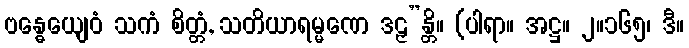
ဗန္ဓေယျေဝံ သကံ စိတ္တံ, သတိယာရမ္မဏေ ဒဠှ”န္တိ။ (ပါရာ။ အဋ္ဌ။ ၂။၁၆၅၊ ဒီ။